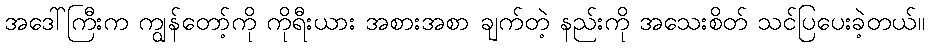
အဒေါ်ကြီးက ကျွန်တော့်ကို ကိုရီးယား အစားအစာ ချက်တဲ့ နည်းကို အသေးစိတ် သင်ပြပေးခဲ့တယ်။